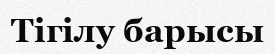
Тігілу барысы